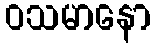
ဝသမာနော